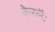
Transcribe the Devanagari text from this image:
केरलैः